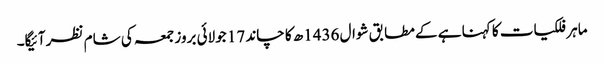
ماہر فلکیات کا کہنا ہے کے مطابق شوال 1436ھ کا چاند 17 جولائی بروز جمعہ کی شام نظر آئیگا۔